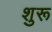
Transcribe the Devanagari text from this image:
शुरू